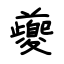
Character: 夔